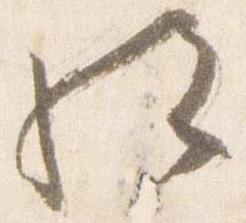
給